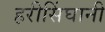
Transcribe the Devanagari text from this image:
हरीसिंघानी